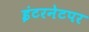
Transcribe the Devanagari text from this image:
इंटरनेटपर